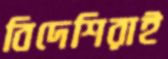
বিদেশিরাই